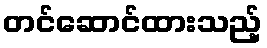
တင်ဆောင်ထားသည့်